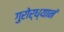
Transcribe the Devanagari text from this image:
गुरोर्ध्यानं